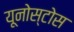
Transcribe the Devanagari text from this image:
यूनोस्टोस